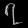
Digit: ၇